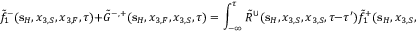
\tilde { f } _ { 1 } ^ { - } ( { \bf s } _ { H } , x _ { 3 , S } , x _ { 3 , F } , \tau ) + \tilde { G } ^ { - , + } ( { \bf s } _ { H } , x _ { 3 , F } , x _ { 3 , S } , \tau ) = \int _ { - \infty } ^ { \tau } \tilde { R } ^ { \cup } ( { \bf s } _ { H } , x _ { 3 , S } , x _ { 3 , S } , \tau - \tau ^ { \prime } ) \tilde { f } _ { 1 } ^ { + } ( { \bf s } _ { H } , x _ { 3 , S } , x _ { 3 , F } , \tau ^ { \prime } ) \mathrm { d } \tau ^ { \prime } ,